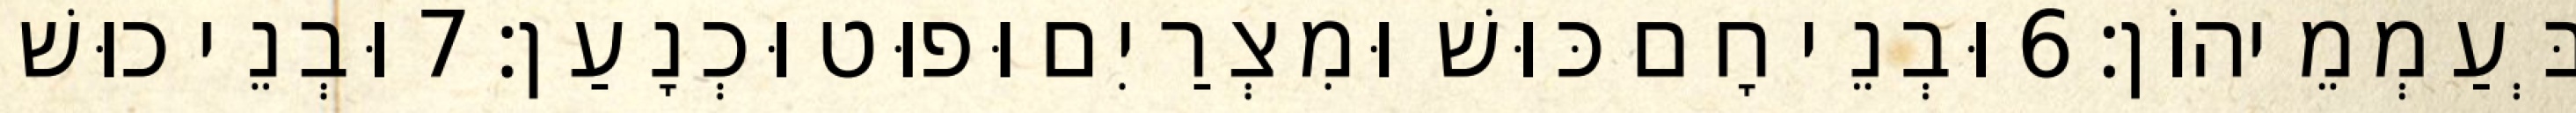
בְּעַמְמֵיהוֹן׃ 6 וּבְנֵי חָם כּוּשׁ וּמִצְרַיִם וּפוּט וּכְנָעַן׃ 7 וּבְנֵי כוּשׁ